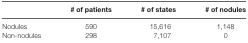
<table><thead><tr><td></td><td><b># of patients</b></td><td><b># of states</b></td><td><b># of nodules</b></td></tr></thead><tbody><tr><td>Nodules</td><td>590</td><td>15,616</td><td>1,148</td></tr><tr><td>Non-nodules</td><td>298</td><td>7,107</td><td>0</td></tr></tbody></table>